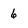
Character: 6